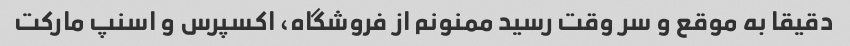
دقیقا به موقع و سر وقت رسید ممنونم از فروشگاه، اکسپرس و اسنپ مارکت